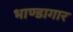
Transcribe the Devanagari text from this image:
भाण्डागार